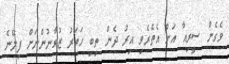
ވެގެން ސީރިއާ އަށް އެތެރެވި އިރު ދެން ތިބި ހަތަރު ޒުވާނުންނަށް ފިލޭނެ